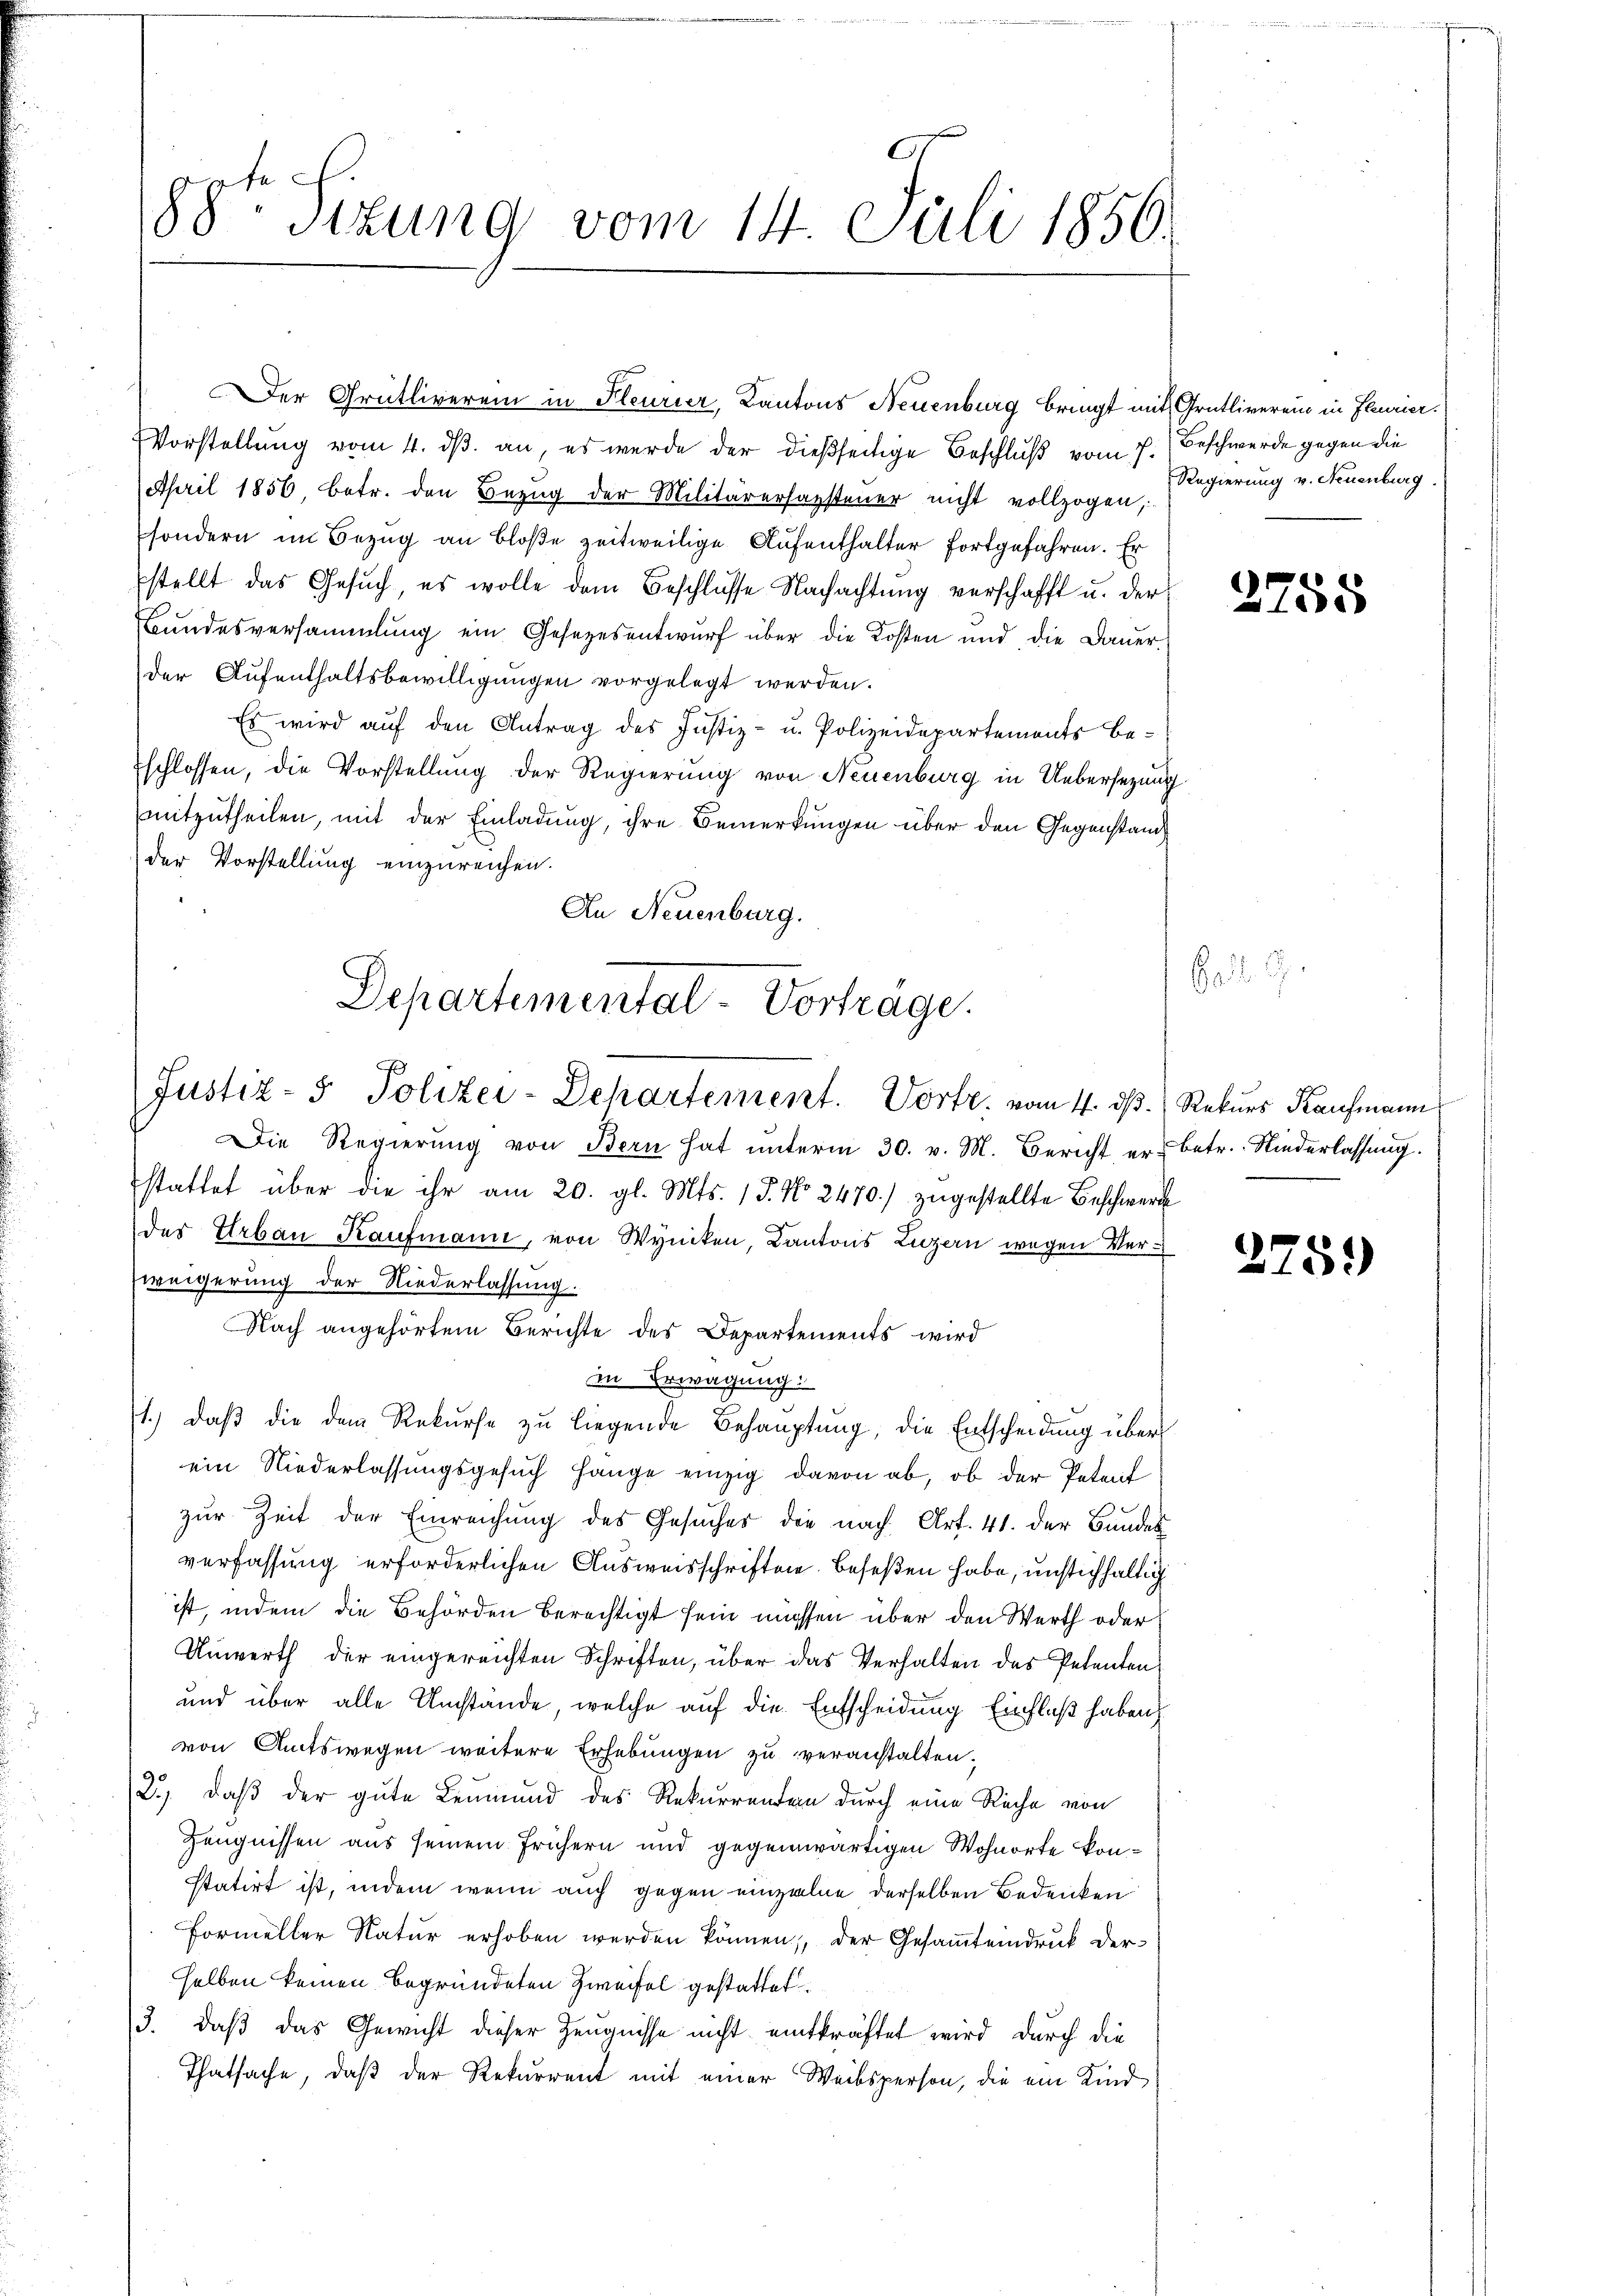
88te Sizung vom 14. Juli 1850.

Vorstellung vom 4. ds. an, es werde der dießseitige Beschluß vom 7. Beschwerde gegen die
April 1856, betr. den Bezug der Militärerhazsteuer nicht vollzogen,
sondern im Bezug an bloße zeitweilige Aufenthalter fortgefahren. Er
stellt das Gesŭch, es wolle dem Beschlüsse Nachachtung verschafft u. der
Bundesversammlung ein Gesetzesentwurf über die Kosten und die Dauer-
der Aufenthaltsbewilligungen vorgelegt werden.
Es wird aŭf den Antrag des Justiz- u. Polizeidepartements beschlossen, die Vorstellung der Regierung von Neuenburg in Uebersezung
mitzutheilen, mit der Einladung, ihre Bemerkungen über den Gegenstand
der Vorstellung einzureichen.
An Neuenburg.
Die Regierŭng von Bern hat ŭnterm 30. v. M. Bericht er betr. Niederlassung.
stattet über die ihr am 20. gl. Mts. 15. No. 2470.) zugestellte Beschwert
der Urban Kaufmann, von Wyniken, Kantons Luzern wegen Verweigerung der Niederlassung.
Nach angehörtem Berichte des Departements wird
in Erwägung:
1.) daß die dem Rekurse zu liegende Behauptung, die Entscheidung über
ein Niederlassungsgesuch hange einzig davon ab, ob der Petent
zŭr Zeit der Einreichŭng des Gesŭches die nach Art. 41. der Bander
verfassung erforderlichen Ausweisschriften beseßen habe, unstichhaltig
ist, indem die Behörden berechtigt sein müssen über den Werth oder
Unwerth der eingereichten Schriften, über das Verhalten des Petenten
und über alle Umstände, welche auf die Entscheidung Einfluß haben
von Amtswegen weitere Erhebungen zu veranstalten.
2.) daß der gute Leumund des Rekurrenten durch eine Rache von
Zeugnissen aus seinem frühern und gegenwärtigen Wohnorte konstatirt ist, indem wenn auch gegen einzelne derselben Bedenken
Formeller Natur erhoben werden können, der Gesamteindruck derselben keinen begründeten Zweifel gestattet.
3. daß das Gewicht dieser Zeugnisse nicht entkräftet wird durch die
Thatsache, daß der Rekurrent mit einer Weibsperson, die ein Kind

Departemental-Vorträge.
Justiz- & Polizei-Dehartement. Vortr. vom 4. ds. Rekurs Kaufmann

Der Grütliverein in Fleurier, Kantons Neuenburg bringt mit Grütliverei in Flurier.

Regierung v. Neuenburg.

.

2758

275.